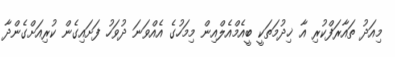
މިއަދު ތައާރަފްކުރި އާ ޚިދުމަތަކީ ބީއެމްއެލްއިން މިމަހުގެ އެއްވަނަ ދުވަހު ފަށައިގެން ކުރިއަށްގެންދާ